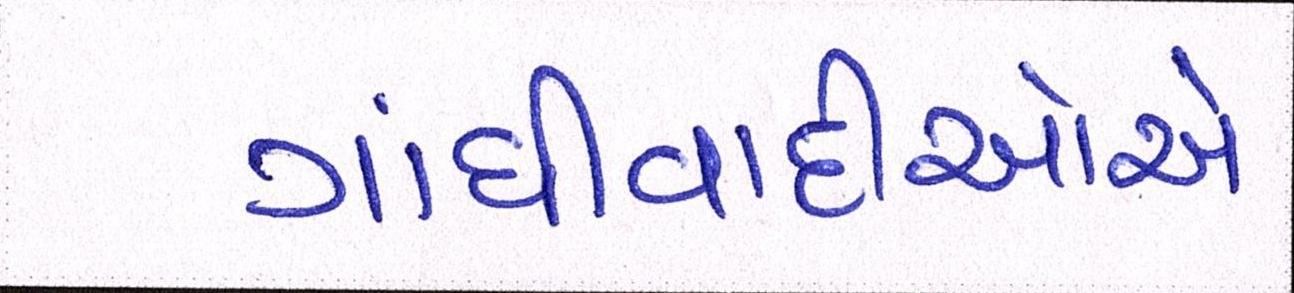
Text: ગાંધીવાદીઓએ